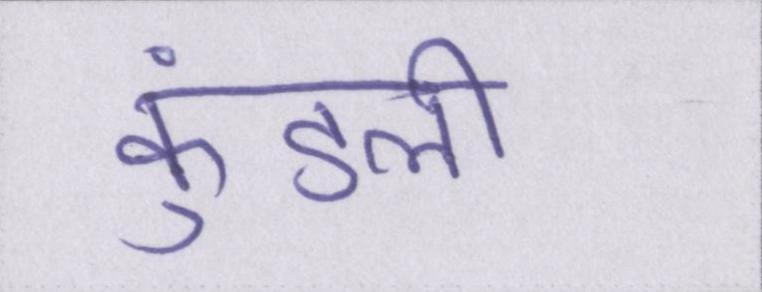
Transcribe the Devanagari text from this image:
कुंडली